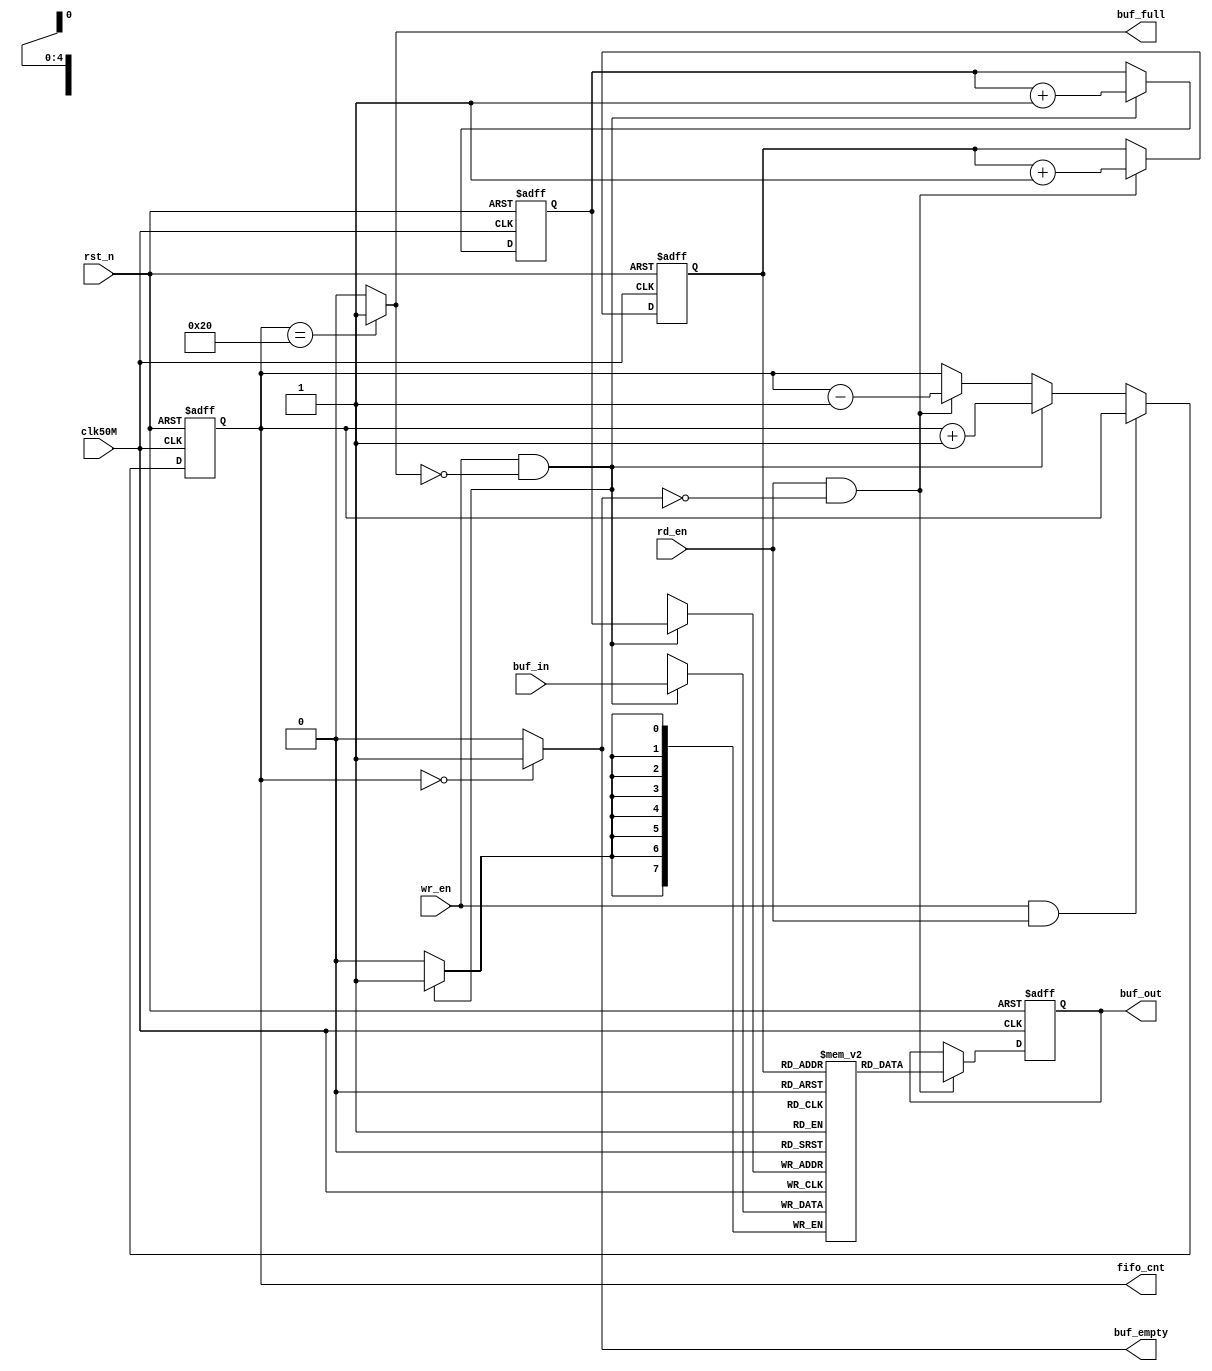
`timescale 1ns / 1ps

module fifo(
	//
	input clk50M,
	input rst_n,
	//FIFO
	input wr_en,				//
	input [7:0] buf_in,			//
	input rd_en,				//
	output reg [7:0] buf_out,	//
	//FIFO
	output buf_empty,			//FIFO
	output buf_full,			//FIFO
	output reg [7:0] fifo_cnt	//FIFO
);
	//FIFO
	localparam BUF_NUM = 32;	//FIFOBUF_NUM, 16 Bytes
	localparam P_BIT_N = 5;		//BUF_NUM2^P_BIT_N == BUF_NUM

	//
	reg [P_BIT_N - 1 : 0] rd_prt; 			//BUF_NUM
	reg [P_BIT_N - 1 : 0] wr_prt; 			//BUF_NUM
	reg [7:0] buf_mem [0 : BUF_NUM - 1]; 	//8BUF_NUM 
	
	//buf_empty
	assign buf_empty = (fifo_cnt == 'd0) ? 'b1 : 'b0;	
	//buf_full
	assign buf_full = (fifo_cnt == BUF_NUM) ? 'b1 : 'b0;
	
	//fifo_cnt
	always @(posedge clk50M or negedge rst_n) begin
		if(~rst_n)
			fifo_cnt <= 'd0;
		else if(wr_en & rd_en) //Simultaneously read and write
			fifo_cnt <= fifo_cnt;
		else if(wr_en & ~buf_full) // Write
			fifo_cnt <= fifo_cnt + 'd1;
		else if(rd_en & ~buf_empty)	// Read
			fifo_cnt <= fifo_cnt - 'd1;
		else
			fifo_cnt <= fifo_cnt;
	end	
	
	//buf_out, Read data operation
	always @(posedge clk50M or negedge rst_n) begin
		if(~rst_n)
			buf_out <= 'h00;
		else if(rd_en & ~buf_empty)
			buf_out <= buf_mem[rd_prt];
	end
	
	//buf_mem, Write data operation
	always @(posedge clk50M) begin
		if(wr_en & ~buf_full)
			buf_mem[wr_prt] <= buf_in;
	end
	
	//rd_prt
	always @(posedge clk50M or negedge rst_n) begin
		if(~rst_n)
			rd_prt <= 0;
		else if(rd_en & ~buf_empty)
			rd_prt <= rd_prt + 1;
	end
	
	//wr_prt
	always @(posedge clk50M or negedge rst_n) begin
		if(~rst_n)
			wr_prt <= 0;
		else if(wr_en & ~buf_full)
			wr_prt <= wr_prt + 1;
	end
endmodule